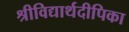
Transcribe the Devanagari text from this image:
श्रीविद्यार्थदीपिका